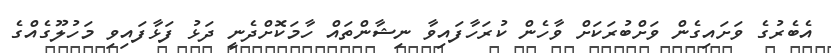
އެބެރުގެ ވަށައިގެން ވަށްބުރަކަށް ވާހެން ކުރަހާފައިވާ ނިޝާންތައް ހާމަކޮށްދެނީ ދަޅު ފަޅާފައިވި މަހުލޫގެއްގެ